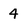
Character: 4